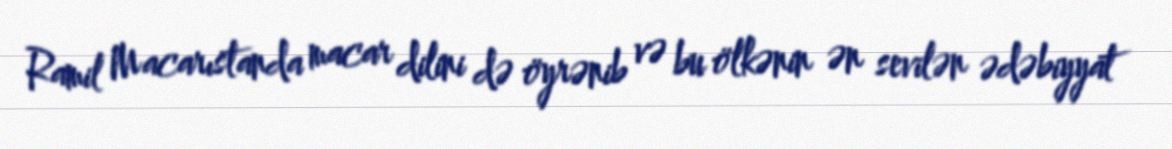
Ramil Macarıstanda macar dilini də öyrənib və bu ölkənin ən sevilən ədəbiyyat